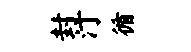
封汀循